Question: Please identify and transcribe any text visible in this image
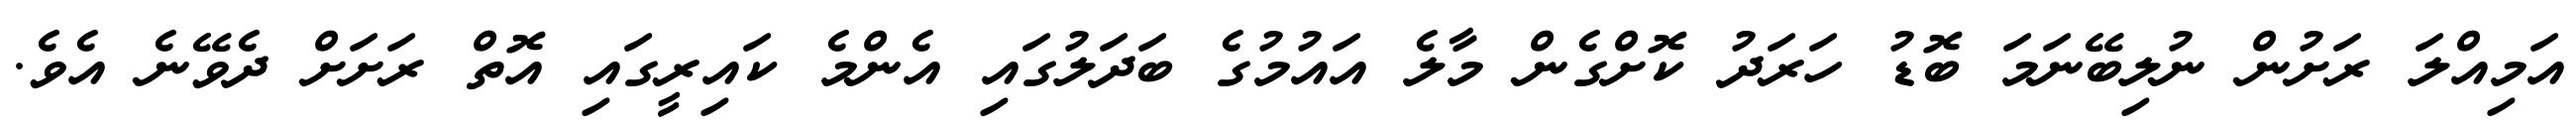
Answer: އަމިއްލަ ރަށުން ނުލިބޭނަމަ ބޮޑު ހަރަދު ކޮށްގެން މާލެ އައުމުގެ ބަދަލުގައި އެންމެ ކައިރީގައި އޮތް ރަށަށް ދެވޭނެ އެވެ.